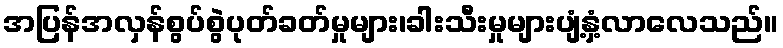
အပြန်အလှန်စွပ်စွဲပုတ်ခတ်မှုများ၊ခါးသီးမှုများပျံ့နှံ့လာလေသည်။